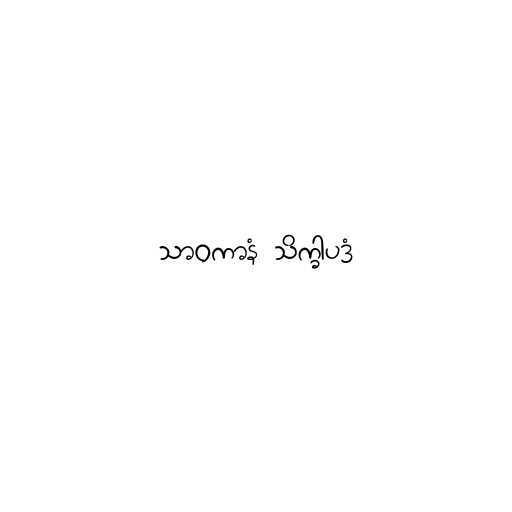
သာဝကာနံ သိက္ခါပဒံ